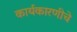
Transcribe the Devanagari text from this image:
कार्यकारणीचे